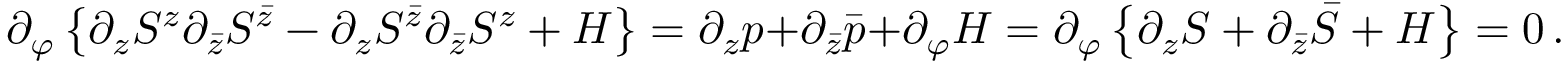
\partial _ { \varphi } \left\{ \partial _ { z } S ^ { z } \partial _ { \bar { z } } S ^ { \bar { z } } - \partial _ { z } S ^ { \bar { z } } \partial _ { \bar { z } } S ^ { z } + { \cal { H } } \right\} = \partial _ { z } p + \partial _ { \bar { z } } \bar { p } + \partial _ { \varphi } { \cal H } = \partial _ { \varphi } \left\{ \partial _ { z } S + \partial _ { \bar { z } } \bar { S } + { \cal H } \right\} = 0 \, .